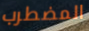
المضطرب